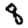
Digit: 8